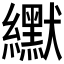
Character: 𫄓